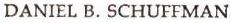
DANIEL B. SCHUFFMAN